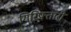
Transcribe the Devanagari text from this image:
गिरिफ्तारी